Report on vaccination in Madras 1895-1903 - 1895-1903
Year: 1895
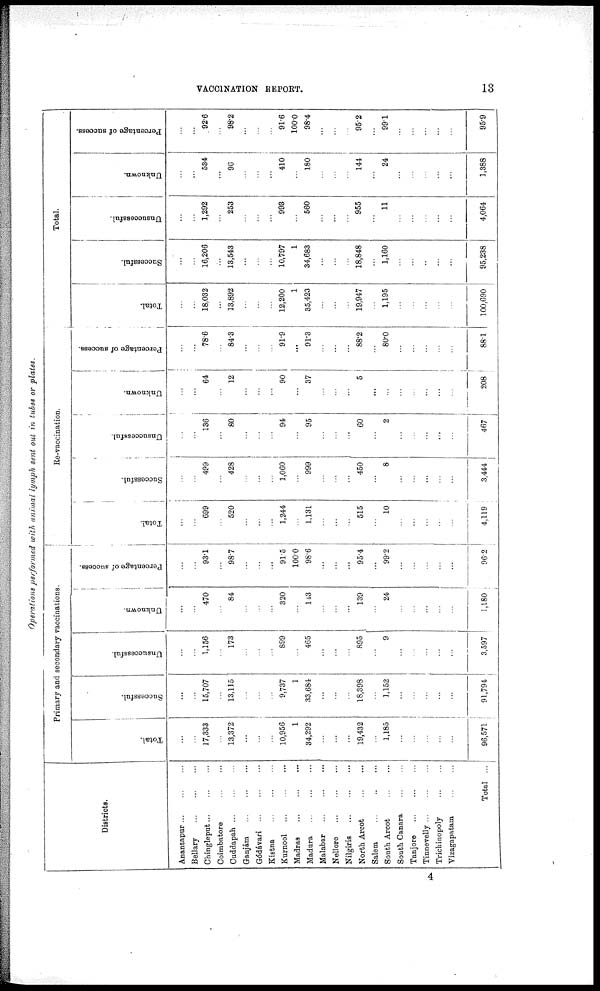
VACCINATION REPORT.
13
Operations performed with animal lymph sent out in tubes or plates.
Districts.
Anantapur ... ... ...
Bellary
...
...
...
Chingleput ... ... ...
Coimbatore ... ... ...
Cuddapah
...
...
...
Ganjám
...
...
...
Gódávari
...
...
...
Kistna
...
...
...
Kurnool
...
...
...
Madras
...
...
...
Madura
...
...
...
Malabar ... ... ...
Nellore
...
...
...
Nilgiris
...
...
...
North Arcot ... ... ...
Salem
...
...
...
South Arcot
...
...
South Canara ... ... ...
Tanjore
...
...
...
Tinnevelly ... ... ...
Trichinopoly
...
...
Vizagapatam
...
...
Total ...
Primary and secondary vaccinations.
Total.
...
...
17,333
...
13,372
...
...
...
10,956
1
34,292
...
...
...
19,432
...
1,185
...
...
...
...
...
96,571
Successful.
...
...
15,707
...
13,115
...
...
...
9,737
1
33,684
...
...
...
18,398
...
1,152
...
...
...
...
...
91,794
Unsuccessful.
...
...
1,156
...
173
...
...
...
899
...
465
...
...
...
895
...
9
...
...
...
...
...
3,597
Unknown.
...
...
470
...
84
...
...
...
320
...
143
...
...
...
139
...
24
...
...
...
...
...
1,180
Percentage of success.
...
...
93.1
...
98.7
...
...
...
91.5
100.0
98.6
...
...
...
95.4
...
99.2
...
...
...
...
...
962
Re-vaccination.
Total.
...
...
699
...
520
...
...
...
1,244
...
1,131
...
...
...
515
...
10
...
...
...
...
...
4,119
Successful.
...
...
499
...
428
...
...
...
1,060
...
999
...
...
...
450
...
8
...
...
...
...
...
3,444
Unsuccessful.
...
...
136
...
80
...
...
...
94
...
95
...
...
...
60
...
2
...
...
...
...
...
467
Unknown.
...
...
64
...
12
...
...
...
90
...
37
...
...
...
5
...
...
...
...
...
...
...
208
Percentage of success.
...
...
78.6
...
84.3
...
...
...
91.9
...
91.3
...
...
...
88.2
...
80.0
...
...
...
...
...
88.1
Total.
Total.
...
...
18,032
...
13,892
...
...
...
12,200
1
35,423
...
...
...
19,947
...
1,195
...
...
...
...
...
100,690
Successful.
...
...
16,206
...
13,543
...
...
...
10,797
1
34,683
...
...
...
18,848
...
1,160
...
...
...
...
...
95,238
Unsuccessful.
...
...
1,292
253
...
...
...
993
...
560
...
...
...
955
...
11
...
...
...
...
...
4,064
Unknown.
...
...
534
...
96
...
...
...
410
...
180
...
...
...
144
...
24
...
...
...
...
...
1,388
Percentage of success.
...
...
92.6
...
98.2
...
...
...
91.6
100.0
98.4
...
...
...
95.2
...
99.1
...
...
...
...
...
95.9
4